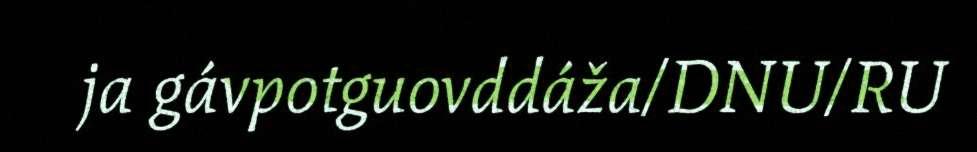
ja gávpotguovddáža/DNU/RU